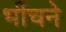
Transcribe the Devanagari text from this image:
भींचने